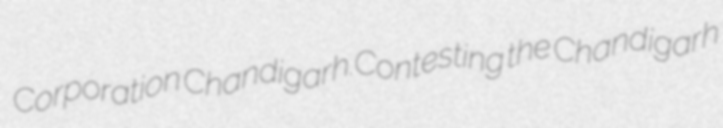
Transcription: Corporation Chandigarh.Contesting the Chandigarh